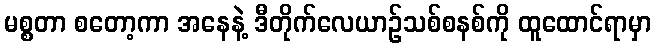
မစ္စတာ စတော့ကာ အနေနဲ့ ဒီတိုက်လေယာဉ်သစ်စနစ်ကို ထူထောင်ရာမှာ